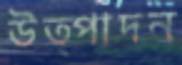
উত্পাদন